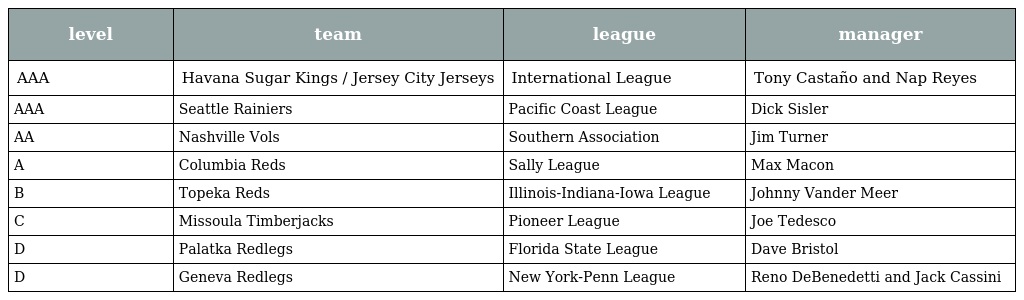
| level | team | league | manager |
 | --- | --- | --- | --- |
 | AAA | Havana Sugar Kings / Jersey City Jerseys | International League | Tony Castaño and Nap Reyes |
 | AAA | Seattle Rainiers | Pacific Coast League | Dick Sisler |
 | AA | Nashville Vols | Southern Association | Jim Turner |
 | A | Columbia Reds | Sally League | Max Macon |
 | B | Topeka Reds | Illinois-Indiana-Iowa League | Johnny Vander Meer |
 | C | Missoula Timberjacks | Pioneer League | Joe Tedesco |
 | D | Palatka Redlegs | Florida State League | Dave Bristol |
 | D | Geneva Redlegs | New York-Penn League | Reno DeBenedetti and Jack Cassini |